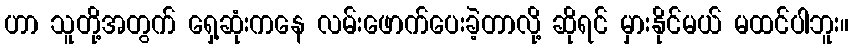
ဟာ သူတို့အတွက် ရှေ့ဆုံးကနေ လမ်းဖောက်ပေးခဲ့တာလို့ ဆိုရင် မှားနိုင်မယ် မထင်ပါဘူး။